Vaccination in the Punjab 1883-1896 - 1883-1896
Year: 1883
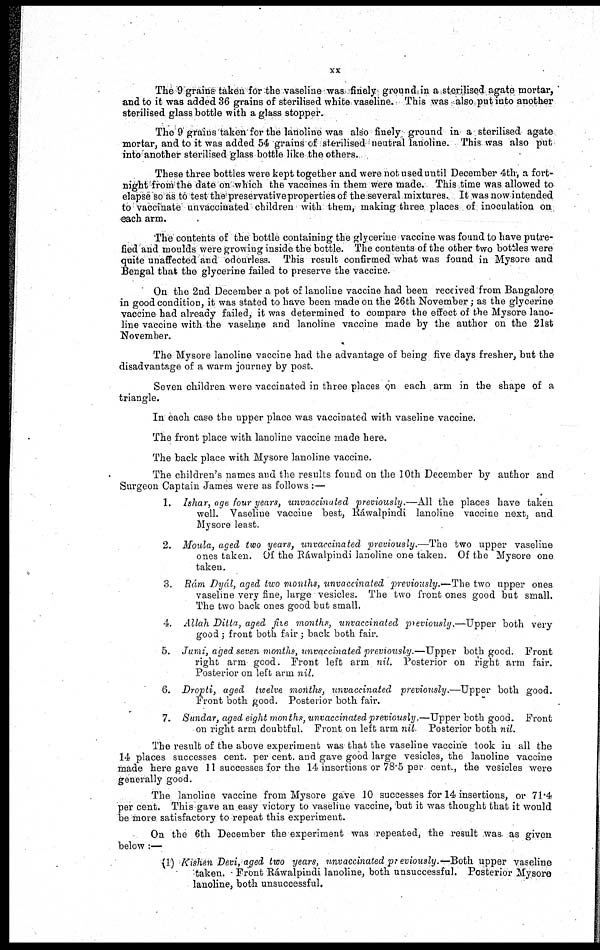
xx
The 9 grains taken for the vaseline was finely ground in a sterilised agate mortar,
and to it was added 36 grains of sterilised white vaseline. This was also put into another
sterilised glass bottle with a glass stopper.
The 9 grains taken for the lanoline was also finely ground in a sterilised agate
mortar, and to it was added 54 grains of sterilised neutral lanoline. This was also put
into another sterilised glass bottle like the others.
These three bottles were kept together and were not used until December 4th, a fort-
night from the date on which the vaccines in them were made. This time was allowed to
elapse so as to test the preservative properties of the several mixtures. It was now intended
to vaccinate unvaccinated children with them, making three places of inoculation on
each arm.
The contents of the bottle containing the glycerine vaccine was found to have putre-
fied and moulds were growing inside the bottle. The contents of the other two bottles were
quite unaffected and odourless. This result confirmed what was found in Mysore and
Bengal that the glycerine failed to preserve the vaccine.
On the 2nd December a pot of lanoline vaccine had been received from Bangalore
in good condition, it was stated to have been made on the 26th November; as the glycerine
vaccine had already failed, it was determined to compare the effect of the Mysore lano-
line vaccine with the vaseline and lanoline vaccine made by the author on the 21st
November.
The Mysore lanoline vaccine had the advantage of being five days fresher, but the
disadvantage of a warm journey by post.
Seven children were vaccinated in three places on each arm in the shape of a
triangle.
In each case the upper place was vaccinated with vaseline vaccine.
The front place with lanoline vaccine made here.
The back place with Mysore lanoline vaccine.
The children's names and the results found on the 10th December by author and
Surgeon Captain James were as follows :—
1. Ishar, age four years, unvaccinated previously.—All the places have taken
well. Vaseline vaccine best, Ráwalpindi lanoline vaccine next, and
Mysore least.
2. Moula, aged two years, unvaccinated previously.—The two upper vaseline
ones taken. Of the Ráwalpindi lanoline one taken. Of the Mysore one
taken.
3. Rám Dyál, aged two months, unvaccinated previously.—The two upper ones
vaseline very fine, large vesicles. The two front ones good but small.
The two back ones good but small.
4. Allah Ditta, aged five months, unvaccinated previously.—Upper both very
good ; front both fair ; back both fair.
5. Jumi, aged seven months, unvaccinated previously.—Upper
both good. Front
right arm good. Front left arm nil. Posterior on right arm fair.
Posterior on left arm nil.
6. Dropti, aged twelve months, unvaccinated previously.—Upper both good.
Front both good. Posterior both fair.
7. Sundar, aged eight months, unvaccinated previously.—Upper both good. Front
on right arm doubtful. Front on left arm nil. Posterior both nil.
The result of the above experiment was that the vaseline vaccine took in all the
14 places successes cent. per cent, and gave good large vesicles, the lanoline vaccine
made here gave 11 successes for the 14 insertions or 78.5 per cent., the vesicles were
generally good.
The lanoline vaccine from Mysore gave 10 successes for 14 insertions, or 71.4
per cent. This gave an easy victory to vaseline vaccine, but it was thought that it would
be more satisfactory to repeat this experiment.
On the 6th December the experiment was repeated, the result was. as given
below :—
(1) Kishen Devi, aged two years, unvaccinated previously.—Both upper vaseline
taken. Front Ráwalpindi lanoline, both unsuccessful. Posterior Mysore
lanoline, both unsuccessful.